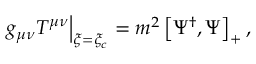
\left. g _ { \mu \nu } T ^ { \mu \nu } \right| _ { \xi = \xi _ { c } } = m ^ { 2 } \left[ \Psi ^ { \dag } , \Psi \right] _ { + } ,